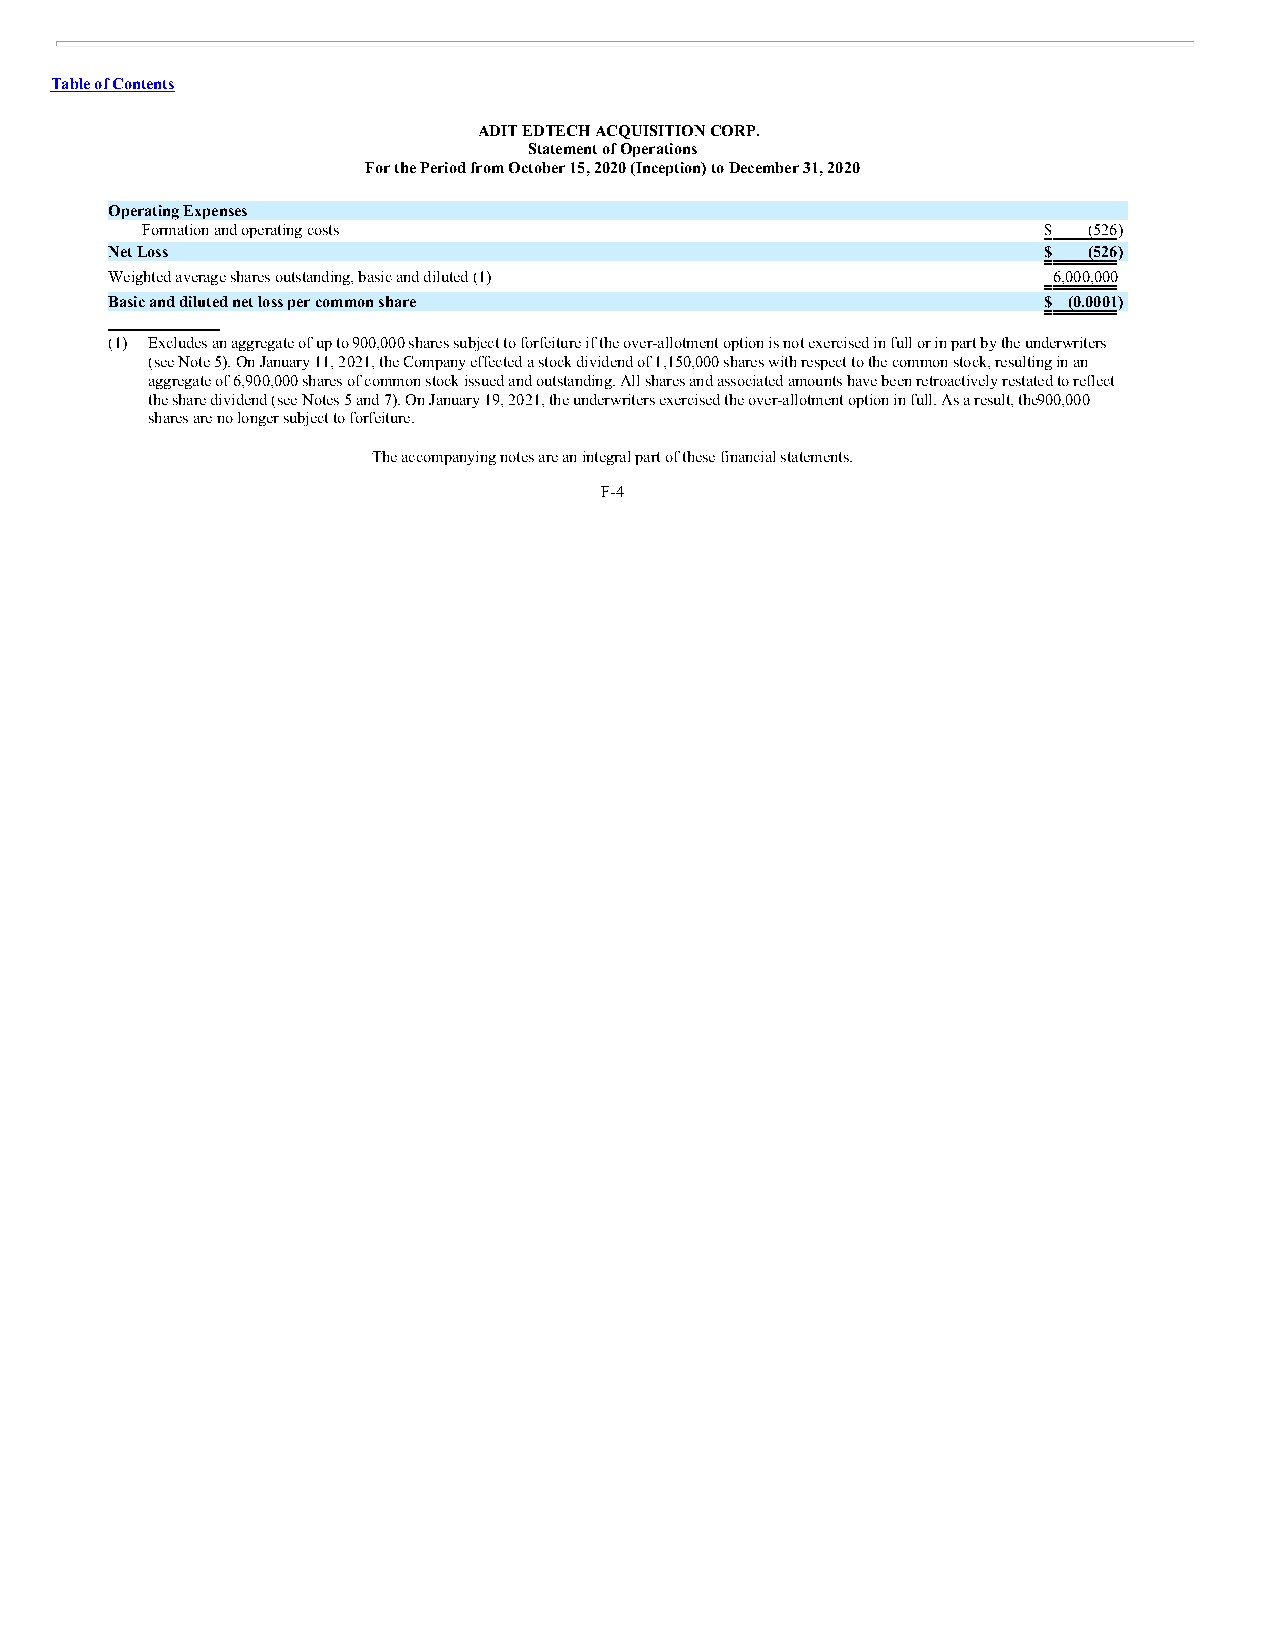
Table of Contents
 ADIT EDTECH ACQUISITION CORP.
 Statement of Operations
 For the Period from October 15, 2020 (Inception) to December 31, 2020
 Operating Expenses
 Formation and operating costs                               $  (526)
 Net Loss                                                      $  (526)
 Weighted average shares outstanding, basic and diluted (1)     6,000,000
 Basic and diluted net loss per common share                   $ (0.0001)
 (1) Excludes an aggregate of up to 900,000 shares subject to forfeiture if the over-allotment option is not exercised in full or in part by the underwriters
 (see Note 5). On January 11, 2021, the Company effected a stock dividend of 1,150,000 shares with respect to the common stock, resulting in an
 aggregate of 6,900,000 shares of common stock issued and outstanding. All shares and associated amounts have been retroactively restated to reflect
 the share dividend (see Notes 5 and 7). On January 19, 2021, the underwriters exercised the over-allotment option in full. As a result, the9 00,000
 shares are no longer subject to forfeiture.
 The accompanying notes are an integral part of these financial statements.
 F-4